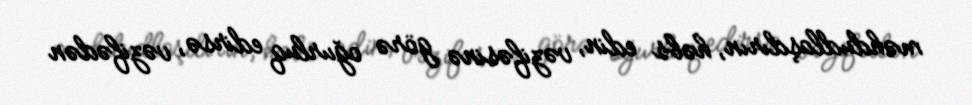
məhdudlaşdırın, həbs edin, vəzifəsinə görə oğurluq edirsə, vəzifədən